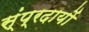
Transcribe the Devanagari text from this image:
स्ंप्रदायों